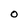
Character: O